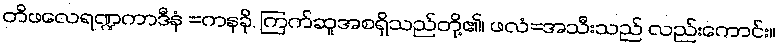
တိဖလေရဏ္ဍကာဒီနံ =ကနခို, ကြက်ဆူအစရှိသည်တို့၏၊ ဖလံ=အသီးသည် လည်းကောင်း။